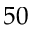
5 0